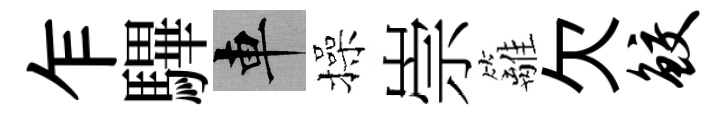
乍驆車操崇籬欠鲛